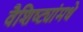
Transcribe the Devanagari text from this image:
वैशिष्ट्यांमधे